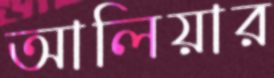
আলিয়ার